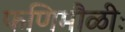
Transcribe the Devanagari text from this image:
फणिमौळीः